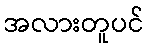
အလားတူပင်